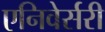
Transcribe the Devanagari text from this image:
एनिवेर्सरी